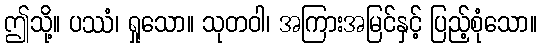
ဤသို့။ ပဿံ၊ ရှုသော။ သုတဝါ၊ အကြားအမြင်နှင့် ပြည့်စုံသော။